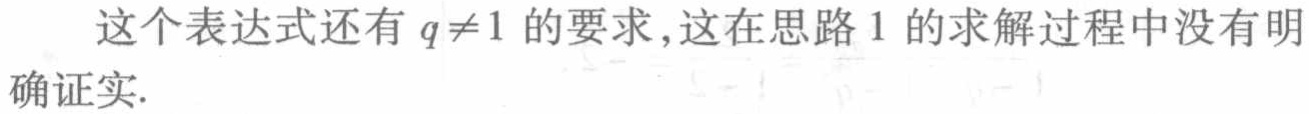
这个表达式还有 \(q\neq1\) 的要求，这在思路 1 的求解过程中没有明确证实.